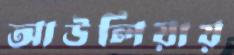
আউলিয়ায়